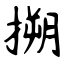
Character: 搠